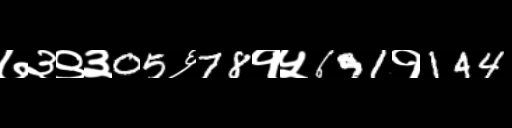
Text: ७३९३05६78१५691१144